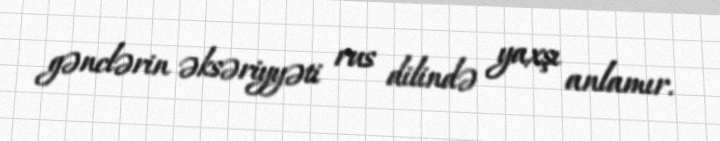
gənclərin əksəriyyəti rus dilində yaxşı anlamır.